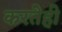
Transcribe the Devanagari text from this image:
करतेही